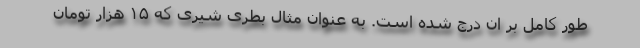
طور کامل بر ان درج شده است. به عنوان مثال بطری شیری که ۱۵ هزار تومان